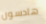
هادسون